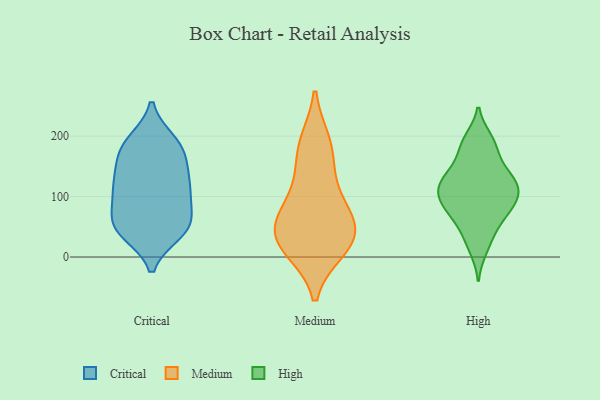
{"axis": {"x": "Website Visitors", "y": "Value"}, "legend": ["Critical", "High", "Medium"], "data": [{"x": "", "y": 48, "type": "Critical"}, {"x": "", "y": 66, "type": "Critical"}, {"x": "", "y": 178, "type": "Critical"}, {"x": "", "y": 66, "type": "Critical"}, {"x": "", "y": 104, "type": "Critical"}, {"x": "", "y": 148, "type": "Critical"}, {"x": "", "y": 188, "type": "Critical"}, {"x": "", "y": 46, "type": "Critical"}, {"x": "", "y": 104, "type": "Critical"}, {"x": "", "y": 40, "type": "Critical"}, {"x": "", "y": 131, "type": "Critical"}, {"x": "", "y": 134, "type": "Critical"}, {"x": "", "y": 105, "type": "Critical"}, {"x": "", "y": 40, "type": "Critical"}, {"x": "", "y": 109, "type": "Critical"}, {"x": "", "y": 192, "type": "Critical"}, {"x": "", "y": 187, "type": "Critical"}, {"x": "", "y": 52, "type": "Critical"}, {"x": "", "y": 163, "type": "Critical"}, {"x": "", "y": 188, "type": "Medium"}, {"x": "", "y": 179, "type": "Medium"}, {"x": "", "y": 27, "type": "Medium"}, {"x": "", "y": 33, "type": "Medium"}, {"x": "", "y": 14, "type": "Medium"}, {"x": "", "y": 59, "type": "Medium"}, {"x": "", "y": 128, "type": "Medium"}, {"x": "", "y": 86, "type": "Medium"}, {"x": "", "y": 65, "type": "Medium"}, {"x": "", "y": 23, "type": "Medium"}, {"x": "", "y": 112, "type": "High"}, {"x": "", "y": 134, "type": "High"}, {"x": "", "y": 196, "type": "High"}, {"x": "", "y": 74, "type": "High"}, {"x": "", "y": 52, "type": "High"}, {"x": "", "y": 174, "type": "High"}, {"x": "", "y": 128, "type": "High"}, {"x": "", "y": 132, "type": "High"}, {"x": "", "y": 87, "type": "High"}, {"x": "", "y": 36, "type": "High"}, {"x": "", "y": 192, "type": "High"}, {"x": "", "y": 12, "type": "High"}, {"x": "", "y": 108, "type": "High"}, {"x": "", "y": 88, "type": "High"}, {"x": "", "y": 157, "type": "High"}, {"x": "", "y": 76, "type": "High"}, {"x": "", "y": 102, "type": "High"}, {"x": "", "y": 120, "type": "High"}]}